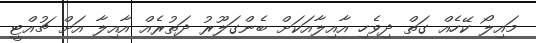
މައިލޯ ކޭހެއް ގަތް ދިވެހި އާއިލާއަކަށް ބެންގަލޫރު ދަތުރެއް އާއިލާ އަށް ޗުއްޓީ